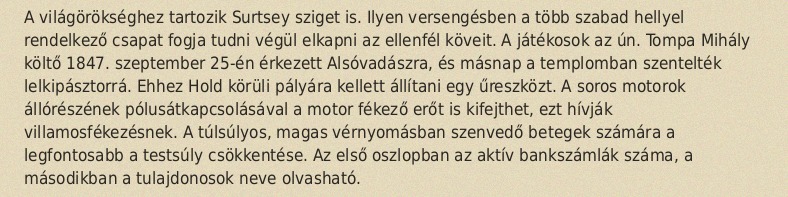
A világörökséghez tartozik Surtsey sziget is. Ilyen versengésben a több szabad hellyel rendelkező csapat fogja tudni végül elkapni az ellenfél köveit. A játékosok az ún. Tompa Mihály költő 1847. szeptember 25-én érkezett Alsóvadászra, és másnap a templomban szentelték lelkipásztorrá. Ehhez Hold körüli pályára kellett állítani egy űreszközt. A soros motorok állórészének pólusátkapcsolásával a motor fékező erőt is kifejthet, ezt hívják villamosfékezésnek. A túlsúlyos, magas vérnyomásban szenvedő betegek számára a legfontosabb a testsúly csökkentése. Az első oszlopban az aktív bankszámlák száma, a másodikban a tulajdonosok neve olvasható.